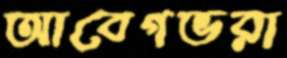
আবেগভরা